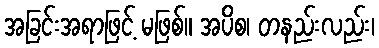
အခြင်းအရာဖြင့် မဖြစ်။ အပိစ၊ တနည်းလည်း၊